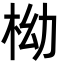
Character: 柪